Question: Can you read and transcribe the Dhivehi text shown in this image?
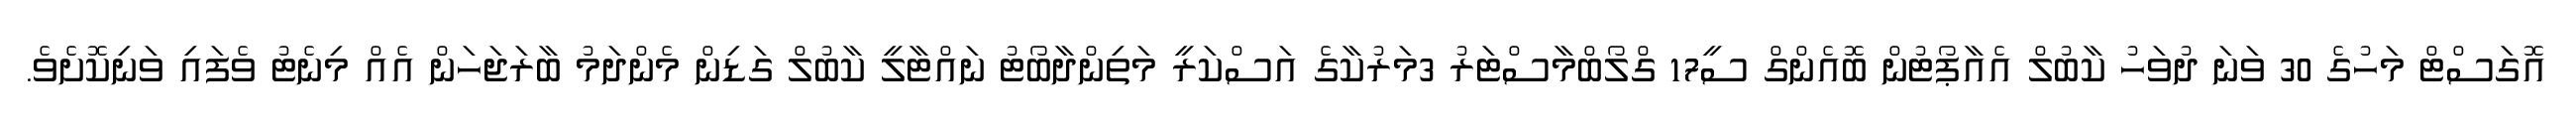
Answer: އޮގަސްޓް މަހުގެ 30 ވަނަ ދުވަހު ކާބުލް އެއާޕޯޓުން ބޮއެންގް ސީ17 ގްލޯބްމާސްޓަރު 3މަރުކާގެ އަސްކަރީ މަތިންދާބޯޓު ނައްޓާލީ ކާބުލް ގަޑިން މެންދަމު ބާރަޖަހަން އެއް މިނެޓު ވެފައި ވަނިކޮށެވެ.